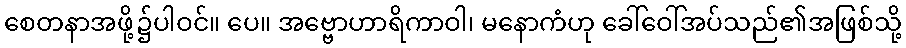
စေတနာအဖို့၌ပါဝင်။ ပေ။ အဗ္ဗောဟာရိကာဝါ၊ မနောကံဟု ခေါ်ဝေါ်အပ်သည်၏အဖြစ်သို့